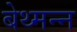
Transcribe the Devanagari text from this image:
बेथ्मन्न